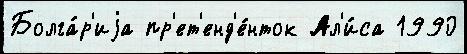
Болга́р'иjа пр'ет'енд'е́нток Ал'и́са 1990